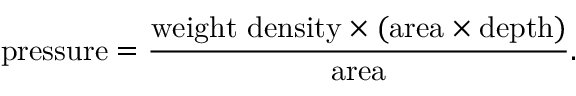
{ \mathrm { p r e s s u r e } } = { \frac { { \mathrm { w e i g h t ~ d e n s i t y } } \times { \mathrm { ( a r e a } } \times { \mathrm { d e p t h ) } } } { \mathrm { a r e a } } } .